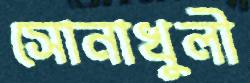
সোনাখুলী